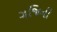
ગજિની